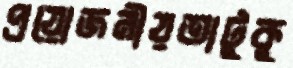
প্রয়োজনীয়তাটুকু